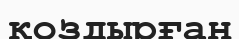
қоздырған